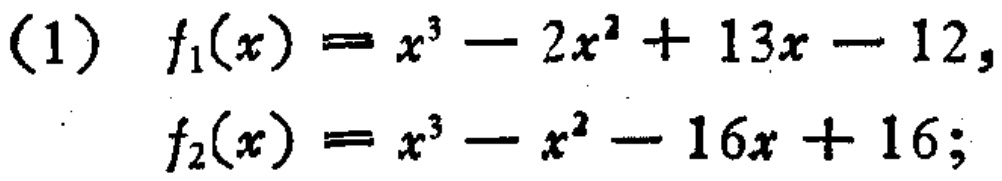
(1) \(f_1(x)=x^{3}-2x^{2}+13x - 12,\)

\(f_2(x)=x^{3}-x^{2}-16x + 16;\)